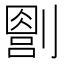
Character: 𪟔